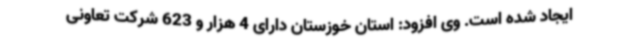
ایجاد شده است. وی افزود: استان خوزستان دارای 4 هزار و 623 شرکت تعاونی